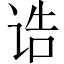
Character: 诰